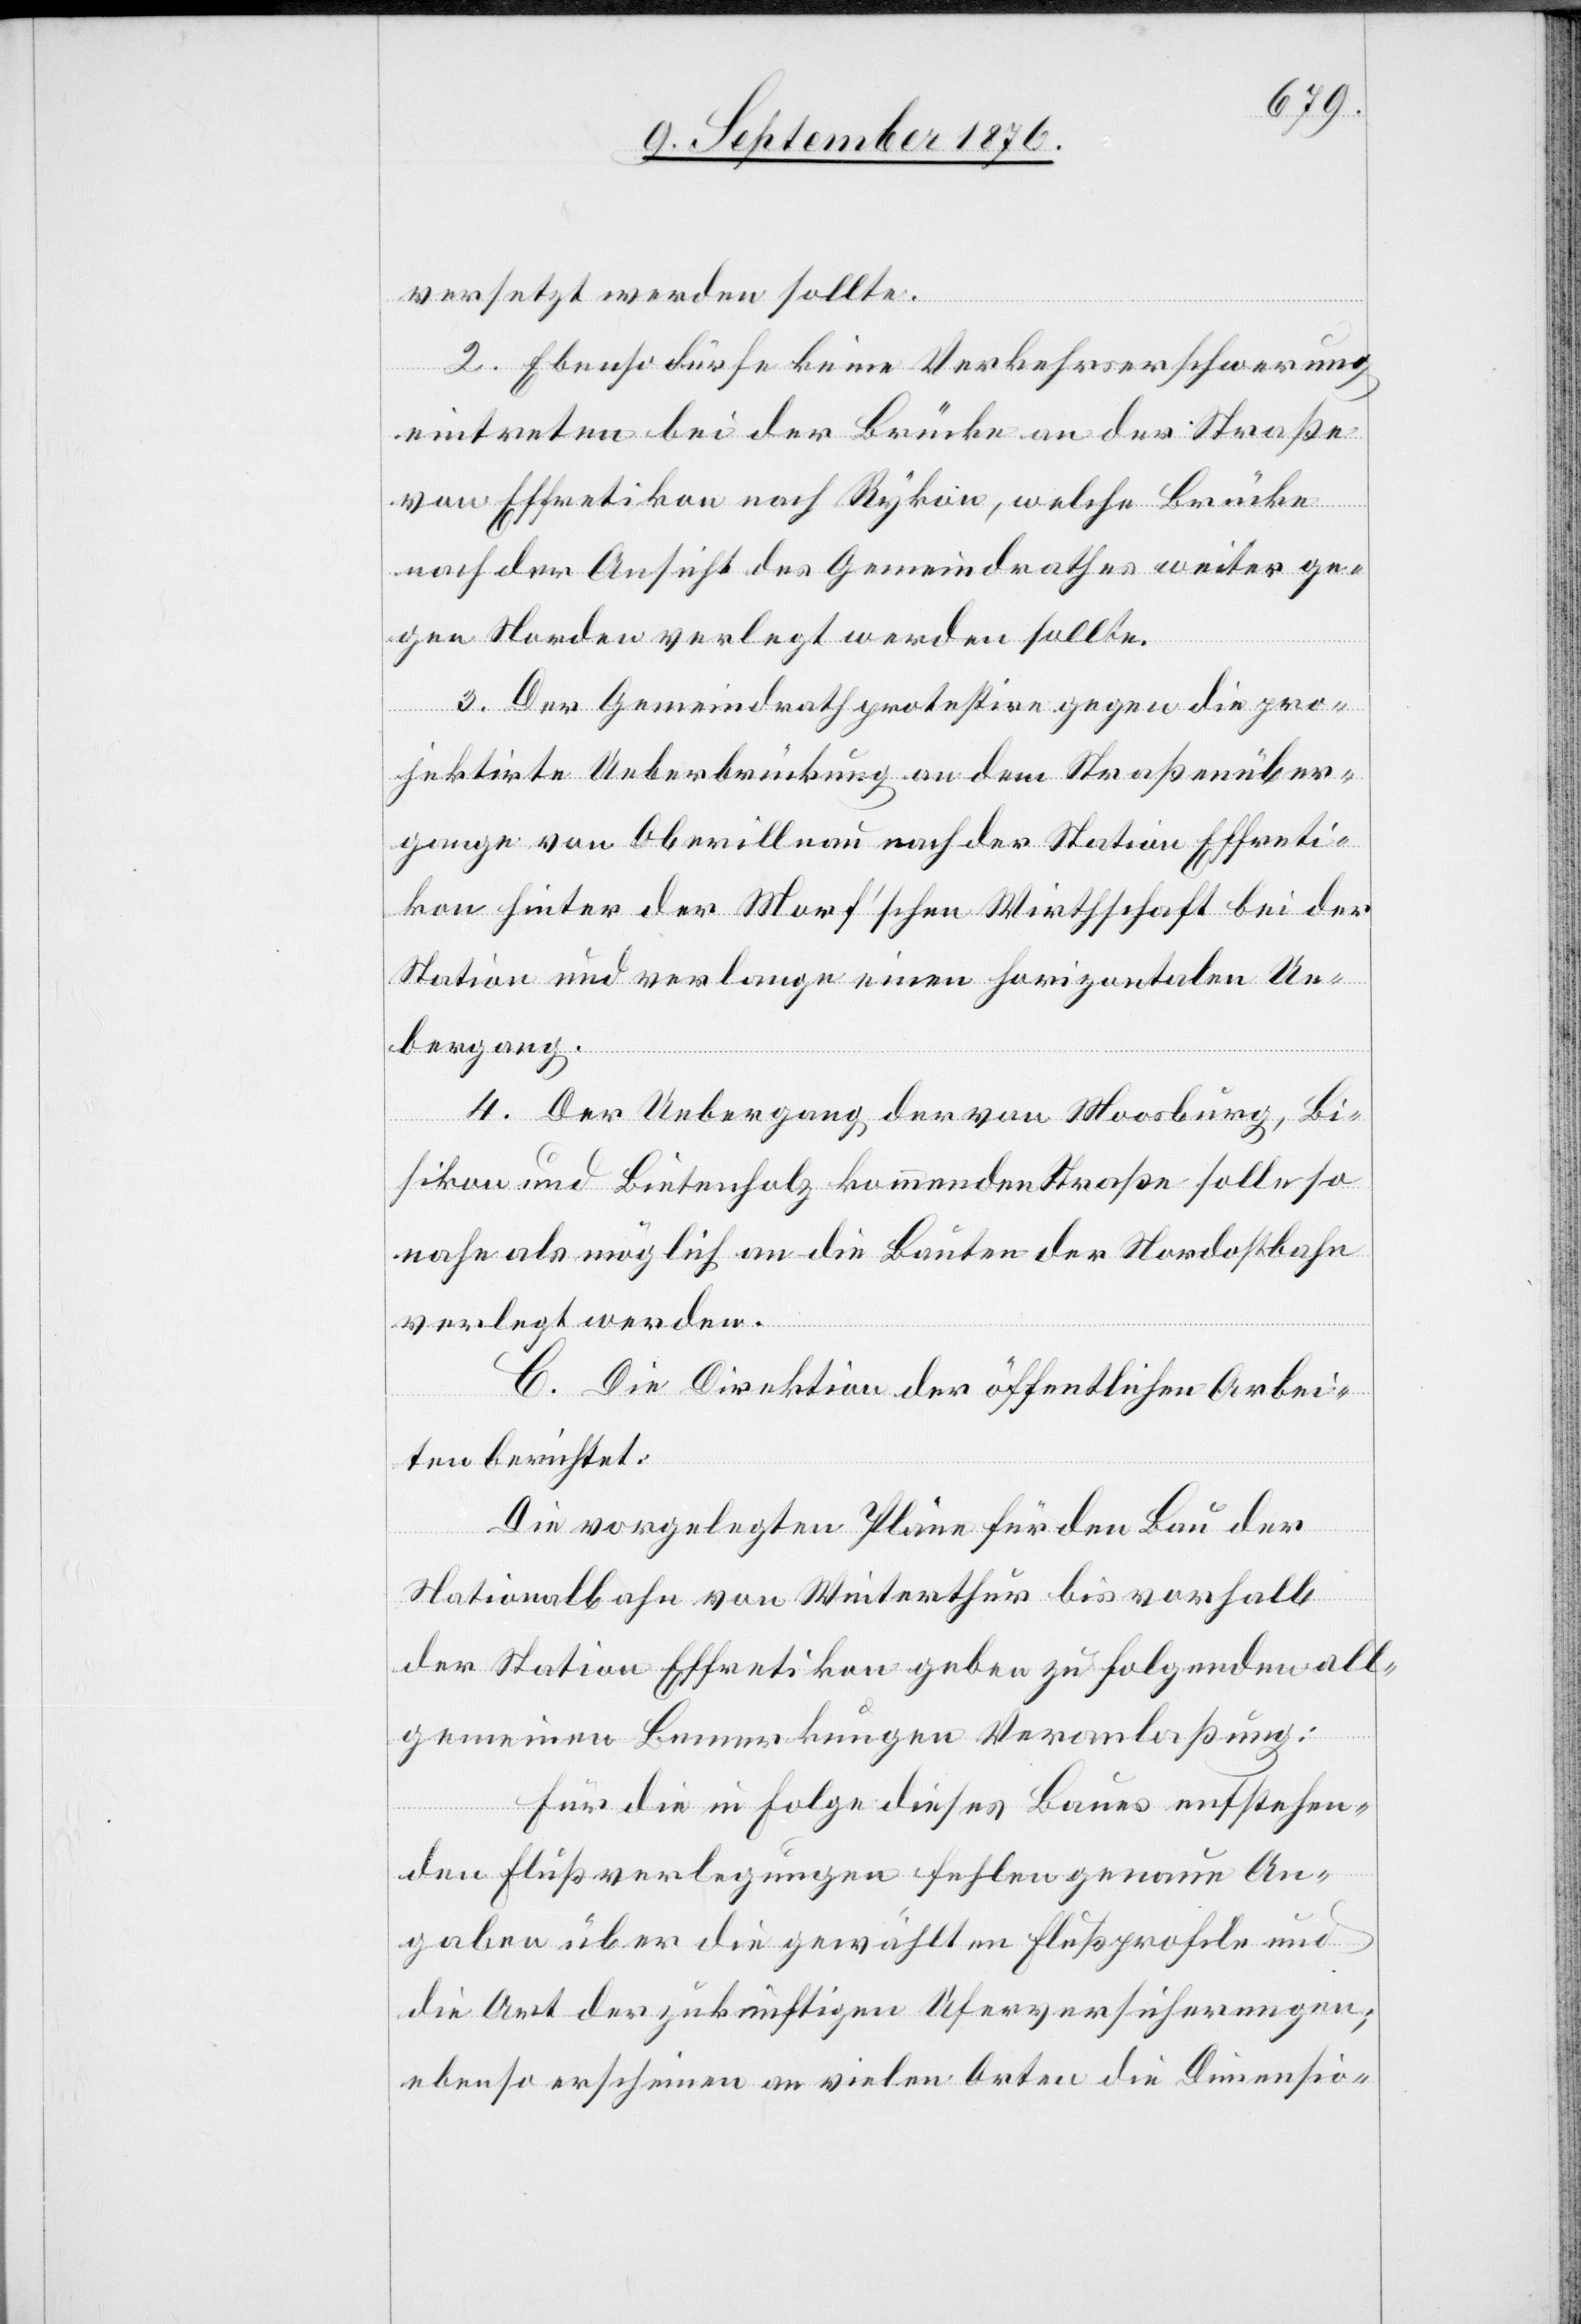
versetzt werden sollte.
2. Ebenso dürfe keine Verkehrserschwerung
eintreten bei der Brücke an der Straße
von Effretikon nach Rykon, welche Brücke
nach der Ansicht des Gemeindrathes weiter ge¬
gen Norden verlegt werden sollte.
3. Der Gemeindrath protestire gegen die pro¬
jektirte Ueberbrückung an dem Straßenüber¬
gange von Oberillnau nach der Station Effreti¬
kon hinter der Morf’schen Wirthschaft bei der
Station und verlange einen horizontalen Ue¬
bergang.
4. Der Uebergang der von Moosburg, Bi¬
sikon und Bietenholz kommenden Straße solle so
nahe als möglich an die Bauten der Nordostbahn
verlegt werden.
C. Die Direktion der öffentlichen Arbei¬
ten berichtet:
Die vorgelegten Pläne für den Bau der
Nordostbahn von Winterthur bis vorhalb
der Station Effretikon geben zu folgenden all¬
gemeinen Bemerkungen Veranlaßung:
Für die in Folge dieses Baues entstehen¬
den Flußverlegungen fehlen genaue An¬
gaben über die gewählten Flußprofile und
die Art der zukünftigen Uferversicherungen;
ebenso erscheinen an vielen Orten die Dimensio-